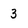
Character: 3